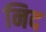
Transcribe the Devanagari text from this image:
निद